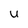
Character: U